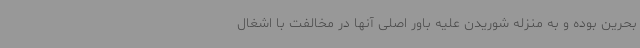
بحرین بوده و به منزله شوریدن علیه باور اصلی آنها در مخالفت با اشغال